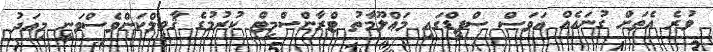
ވުރެ އެތަށް ގުނައެއް އަވަސް ސްޕީޑްގައި މަޢްލޫމާތު ޓްރާންސްމިޓް ކުރުމުގެ ޤާބިލްކަންވެސްވަނީ މިއަދު